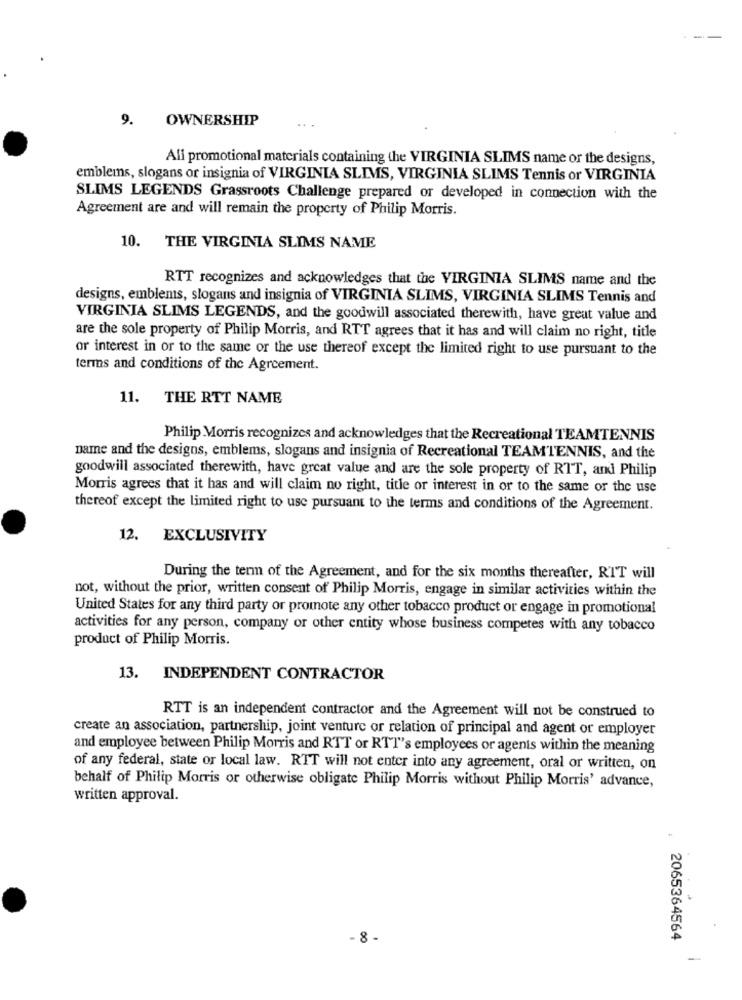
9.
OWNERSHIP
Ali promotional materials containing the VIRGINIA SLIMS name or the designs,
emblems, slogans or insignia of VIRGINIA SLIMS, VIRGINIA SLIMS Tennis or VIRGINIA
SLIMS LEGENDS Grassroots Challenge prepared or developed in connection with the
Agreement are and will remain the property of Philip Morris.
10. THE VIRGINIA SLIMS NAME
RTT recognizes and acknowledges that the VIRGINIA SLIMS name and the
designs, emblems, slogans and insignia of VIRGINIA SLIMS, VIRGINIA SLIMS Tennis and
VIRGINIA SLIMS LEGENDS, and the goodwill associated therewith, have great value and
are the sole property of Philip Morris, and RTT agrees that it has and will claim no right, title
or interest in or to the same or the use thereof except the limited right to use pursuant to the
terms and conditions of the Agreement.
11. THE RTT NAME
Philip Morris recognizes and acknowledges that the Recreational TEAMTENNIS
name and the designs, emblems, slogans and insignia of Recreational TEAMTENNIS, and the
goodwill associated therewith, have great value and are the sole property of RTT, and Philip
Morris agrees that it has and will claim no right, title or interest in or to the same or the use
thereof except the limited right to use pursuant to the terms and conditions of the Agreement.
12. EXCLUSIVITY
During the term of the Agreement, and for the six months thereafter, RIT will
not, without the prior, written consent of Philip Morris, engage in similar activities within the
United States for any third party or promote any other tobacco product or engage in promotional
activities for any person, company or other entity whose business competes with any tobacco
product of Philip Morris.
13. INDEPENDENT CONTRACTOR
RTT is an independent contractor and the Agreement will not be construed to
create an association, partnership, joint venture or relation of principal and agent or employer
and employee between Philip Morris and RTT or RTT's employees or agents within the meaning
of any federal, state or local law. RTT will not enter into any agreement, oral or written, on
behalf of Philip Morris or otherwise obligate Philip Morris without Philip Morris' advance,
written approval.
.8 -
2065364564
-